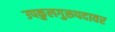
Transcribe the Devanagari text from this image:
उपकुलगुरूपदावर